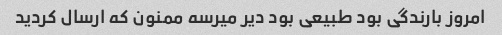
امروز بارندگی بود طبیعی بود دیر میرسه ممنون که ارسال کردید